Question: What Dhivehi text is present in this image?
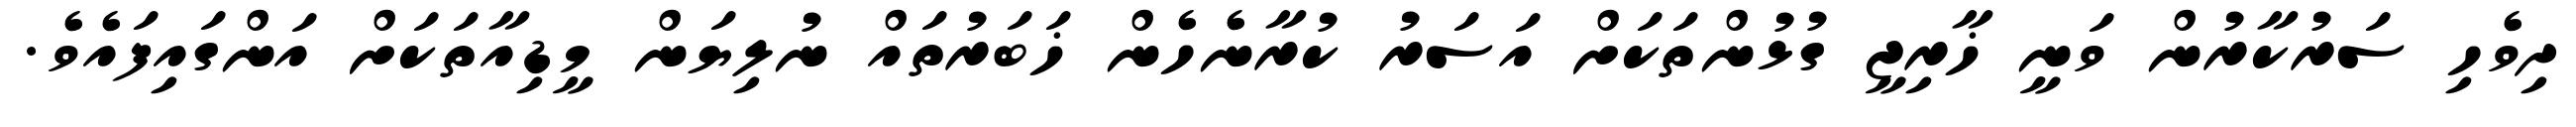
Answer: ދިވެހި ސަރުކާރުން ވަނީ ޚާރިޖީ ގުޅުންތަކަށް އަސަރު ކުރާނެހެން ޚަބަރުތައް ނުލިޔަން މީޑިއާތަކަށް އަންގައިފައެވެ.